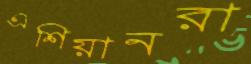
এশিয়ানরা